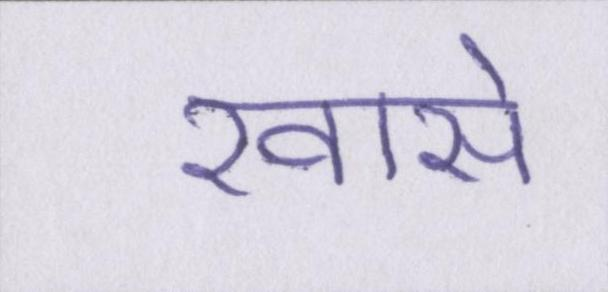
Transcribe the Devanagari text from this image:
खासे